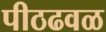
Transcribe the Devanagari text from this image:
पीठढवळ